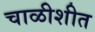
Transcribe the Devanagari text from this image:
चाळीशीत